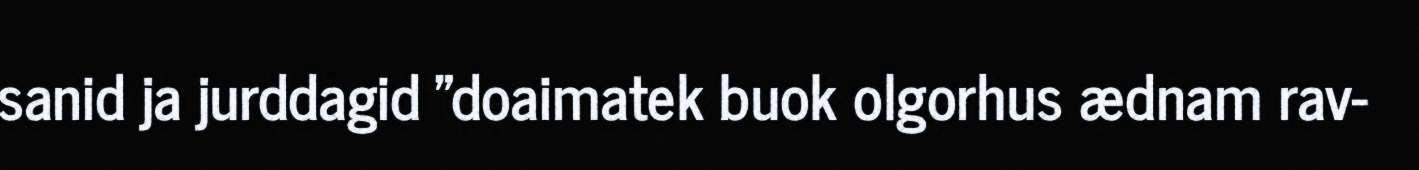
sanid ja jurddagid "doaimatek buok olgorhus ædnam rav-